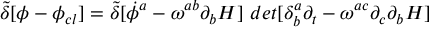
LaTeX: { \tilde { \delta } } [ \phi - \phi _ { c l } ] = { \tilde { \delta } } [ { \dot { \phi } ^ { a } - \omega ^ { a b } \partial _ { b } H ] ~ d e t [ \delta _ { b } ^ { a } \partial _ { t } - \omega ^ { a c } \partial _ { c } \partial _ { b } H } ]